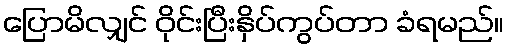
ပြောမိလျှင် ဝိုင်းပြီးနှိပ်ကွပ်တာ ခံရမည်။